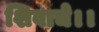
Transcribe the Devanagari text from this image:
शिवाचे।।